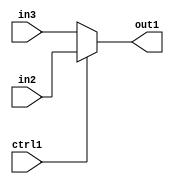
`timescale 1ps / 1ps
/*****************************************************************************
    Verilog RTL Description
    
    
    Created by: Stratus DpOpt 2019.1.01 
*******************************************************************************/

module fix2float_N_Mux_32_2_53_4_2 (
	in3,
	in2,
	ctrl1,
	out1
	); /* architecture "behavioural" */ 
input [31:0] in3,
	in2;
input  ctrl1;
output [31:0] out1;
wire [31:0] asc001;

reg [31:0] asc001_tmp_0;
assign asc001 = asc001_tmp_0;
always @ (ctrl1 or in2 or in3) begin
	case (ctrl1)
		1'B1 : asc001_tmp_0 = in2 ;
		default : asc001_tmp_0 = in3 ;
	endcase
end

assign out1 = asc001;
endmodule

/* CADENCE  uLn0Swo= : u9/ySgnWtBlWxVPRXgAZ4Og= ** DO NOT EDIT THIS LINE ******/